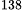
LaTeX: ^\textrm{\scriptsize 138}